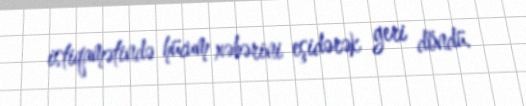
istiqamətində hücum xəbərini eşidərək geri döndü.